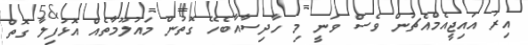
އިރު އައިޖީއެމްއެޗުން ވެސް ވަނީ މި ހާދިސާއާބެހޭ ގޮތުން މައުލޫމާތެއް އޮޅުފިލާ ގޮތް